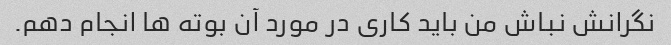
نگرانش نباش من باید کاری در مورد آن بوته ها انجام دهم.